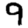
Digit: 9